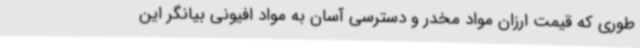
طوری که قیمت ارزان مواد مخدر و دسترسی آسان به مواد افیونی بیانگر این